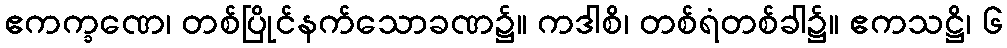
ဧကက္ခဏေ၊ တစ်ပြိုင်နက်သောခဏ၌။ ကဒါစိ၊ တစ်ရံတစ်ခါ၌။ ဧကသဋ္ဌိ၊ ၆